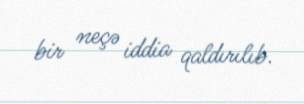
bir neçə iddia qaldırılıb.